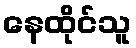
နေထိုင်သူ